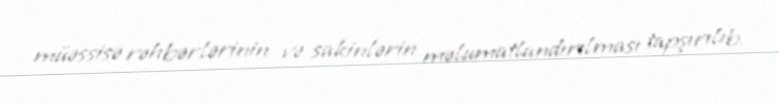
müəssisə rəhbərlərinin və sakinlərin məlumatlandırılması tapşırılıb.